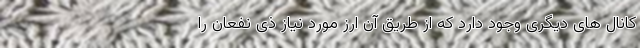
کانال های دیگری وجود دارد که از طریق آن ارز مورد نیاز ذی نفعان را